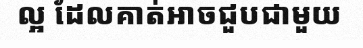
ល្អ ដែលគាត់អាចជួបជាមួយ